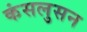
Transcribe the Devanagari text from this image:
कंसलुसन